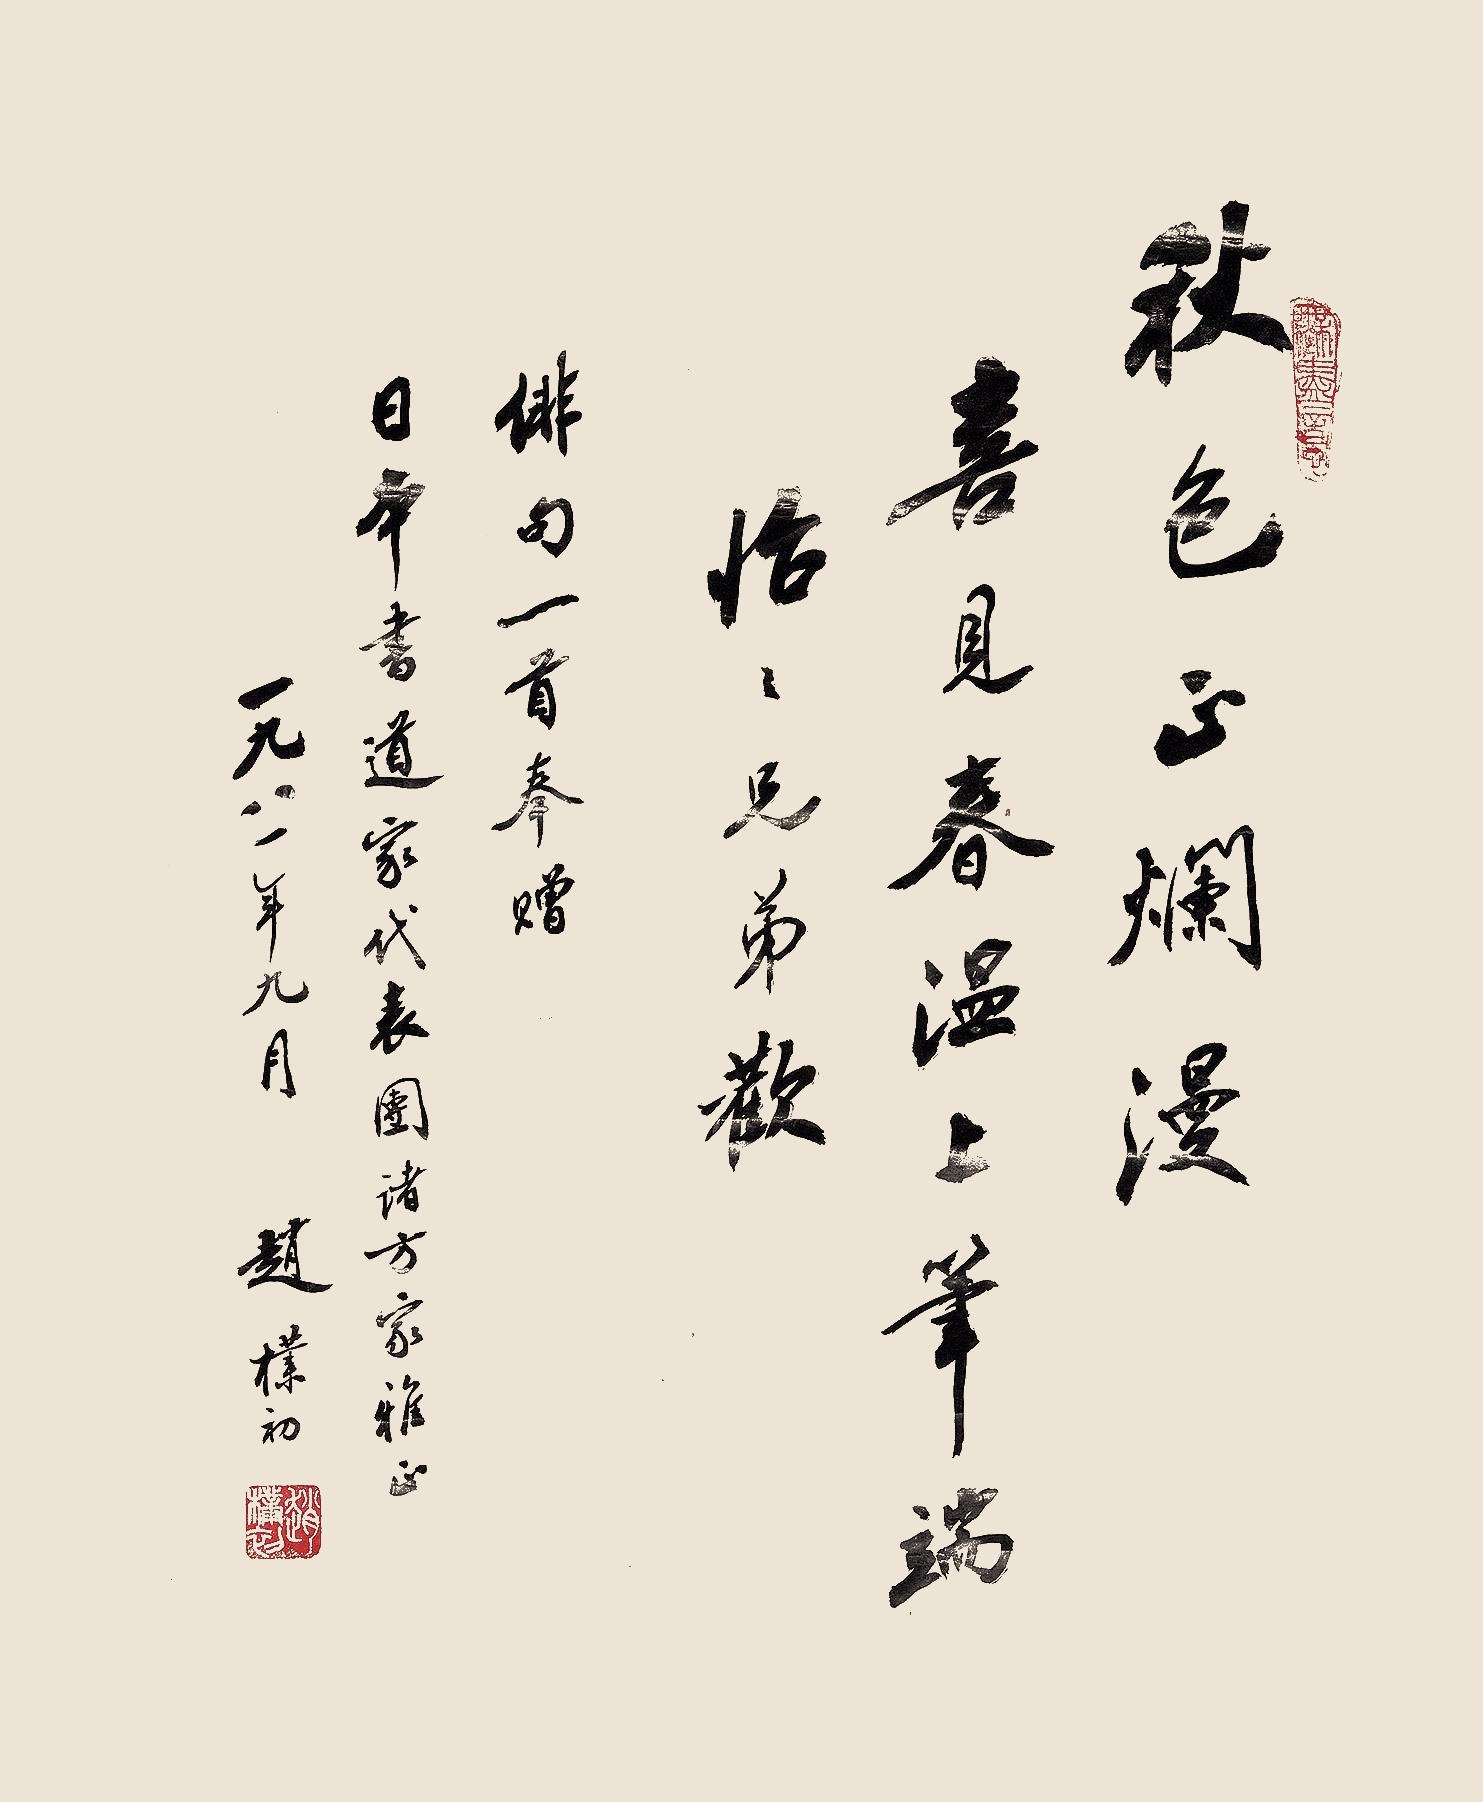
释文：秋色正斑斓，喜见春温上笔端，怡怡兄弟欢。俳句一首。奉赠日本书道家代表团诸方家雅正。一九八一年九月，赵朴初。